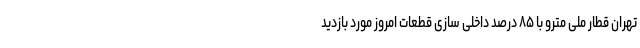
تهران قطار ملی مترو با ۸۵ درصد داخلی سازی قطعات امروز مورد بازدید